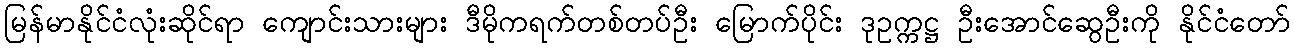
မြန်မာနိုင်ငံလုံးဆိုင်ရာ ကျောင်းသားများ ဒီမိုကရက်တစ်တပ်ဦး မြောက်ပိုင်း ဒုဥက္ကဋ္ဌ ဦးအောင်ဆွေဦးကို နိုင်ငံတော်